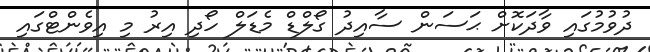
ދުވުމުގައި ވާދަކޮށް ޙަސަން ސާއިދު ގޯލްޑް މެޑަލް ހޯދި އިރު މި އިވެންޓްގައި